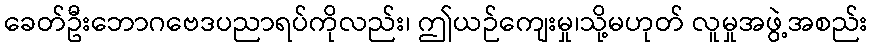
ခေတ်ဦးဘောဂဗေဒပညာရပ်ကိုလည်း၊ ဤယဉ်ကျေးမှု၊သို့မဟုတ် လူမှုအဖွဲ့အစည်း